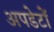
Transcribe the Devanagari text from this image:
अपडेटों